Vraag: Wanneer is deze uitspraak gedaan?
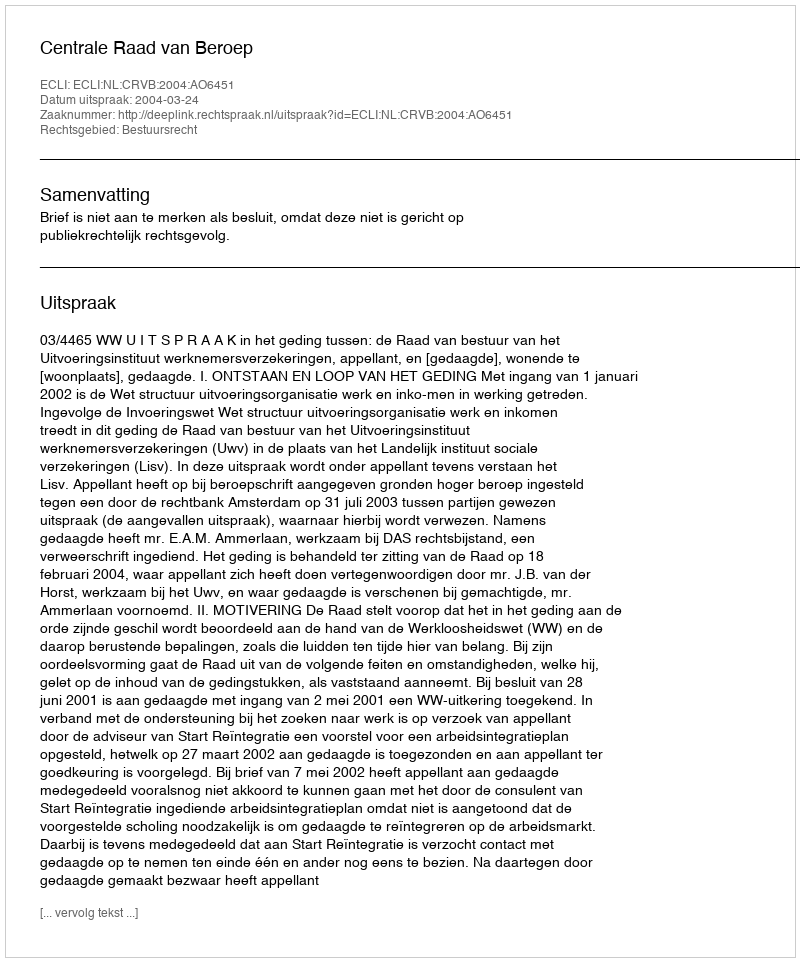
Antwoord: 2004-03-24